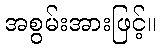
အစွမ်းအားဖြင့်။